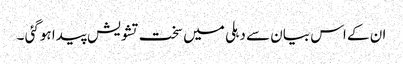
ان کے اس بیان سے دہلی میں سخت تشویش پیدا ہوگئی ۔